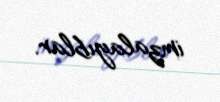
imzalayıblar.